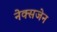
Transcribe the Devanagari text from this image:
नेक्सजेन